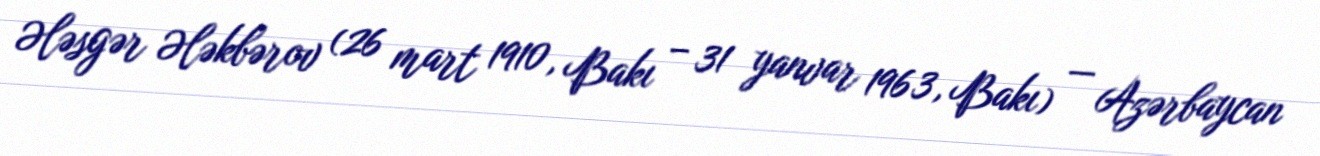
Ələsgər Ələkbərov (26 mart 1910, Bakı – 31 yanvar 1963, Bakı) — Azərbaycan